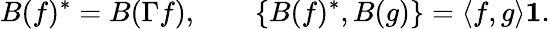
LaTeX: B(f)^{*}=B(\Gamma f),\qquad\{ B(f)^{*},B(g)\} =\langle f,g\rangle{\mathbf 1}.